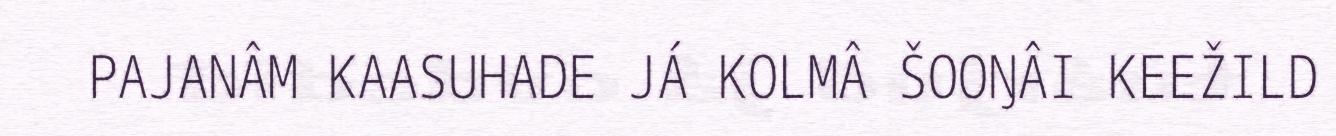
PAJANÂM KAASUHADE JÁ KOLMÂ ŠOOŊÂI KEEŽILD